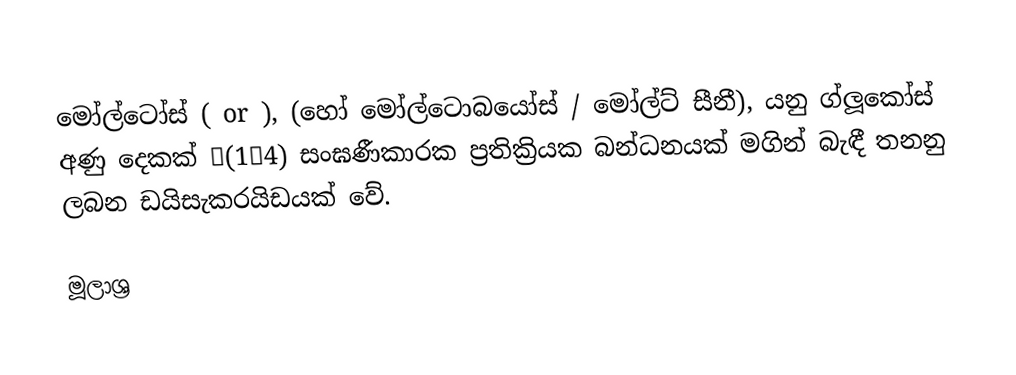
මෝල්ටෝස් ( or ), (හෝ මෝල්ටොබයෝස් / මෝල්ට් සීනී), යනු ග්ලූකෝස් අණු දෙකක් α(1→4) සංඝණීකාරක ප්‍රතික්‍රියක බන්ධනයක් මගින් බැඳී තනනු ලබන ඩයිසැකරයිඩයක් වේ.

මූලාශ්‍ර